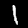
Digit: 1